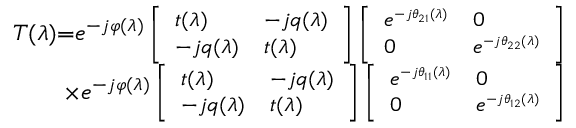
\begin{array} { r } { T ( \lambda ) \tiny { = } \small { e ^ { - j \varphi ( \lambda ) } } \left[ \begin{array} { l l } { t ( \lambda ) } & { - j q ( \lambda ) } \\ { - j q ( \lambda ) } & { t ( \lambda ) } \end{array} \right] \left[ \begin{array} { l l } { e ^ { - j \theta _ { 2 1 } ( \lambda ) } } & { 0 } \\ { 0 } & { e ^ { - j \theta _ { 2 2 } ( \lambda ) } } \end{array} \right] } \\ { \times \small { e ^ { - j \varphi ( \lambda ) } } \left[ \begin{array} { l l } { t ( \lambda ) } & { - j q ( \lambda ) } \\ { - j q ( \lambda ) } & { t ( \lambda ) } \end{array} \right] \left[ \begin{array} { l l } { e ^ { - j \theta _ { 1 1 } ( \lambda ) } } & { 0 } \\ { 0 } & { e ^ { - j \theta _ { 1 2 } ( \lambda ) } } \end{array} \right] } \end{array}